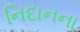
નિદાનના